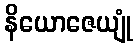
နိယောဇေယျုံ